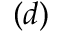
( d )